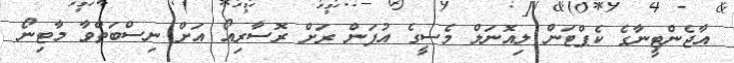
އާޖެންޓީނާގެ ކެޕްޓަން ލިއޮނަލް މެސީގެ އުފަން ރަށް ރޮސާރިއޯ އަށް ނިސްބަތްވާ މާޓިނޯ